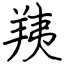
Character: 羠